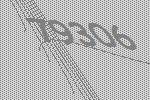
79306